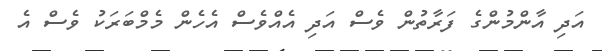
އަދި އާންމުންގެ ފަރާތުން ވެސް އަދި އެއްވެސް އެހެން މެމްބަރަކު ވެސް އެ